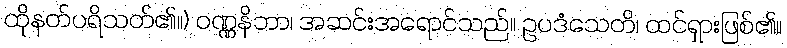
ထိုနတ်ပရိသတ်၏။) ဝဏ္ဏနိဘာ၊ အဆင်းအရောင်သည်။ ဥပဒံသေတိ၊ ထင်ရှားဖြစ်၏။